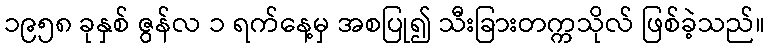
၁၉၅၈ ခုနှစ် ဇွန်လ ၁ ရက်နေ့မှ အစပြု၍ သီးခြားတက္ကသိုလ် ဖြစ်ခဲ့သည်။